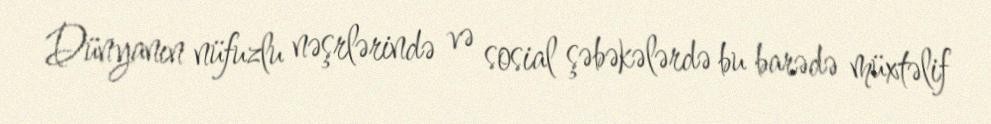
Dünyanın nüfuzlu nəşrlərində və sosial şəbəkələrdə bu barədə müxtəlif